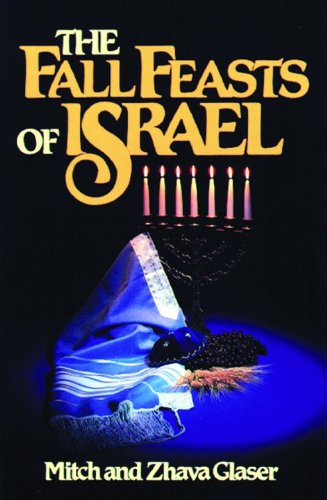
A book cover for The Fall Feasts Of Israel; Mitch Glaser; Religion & Spirituality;